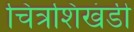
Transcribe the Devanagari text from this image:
चित्रशिखंडी